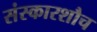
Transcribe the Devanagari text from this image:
संस्कारशौच